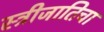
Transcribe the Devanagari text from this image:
स्त्रीजातिचा